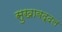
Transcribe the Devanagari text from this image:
सुखाबद्दल